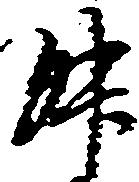
升